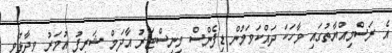
އެ ރަސްމިއްޔާތުގައި ވާހަކަ ދައްކަވަމުން ޑިފެންސް މިނިސްޓަރު އާދަމް ޝަރީފު އުމަރު ވިދާޅުވީ